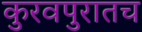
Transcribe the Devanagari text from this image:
कुरवपुरातच